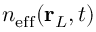
n _ { \mathrm { e f f } } ( \mathbf { r } _ { L } , t )